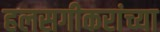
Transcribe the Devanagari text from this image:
हलसगीकरांच्या